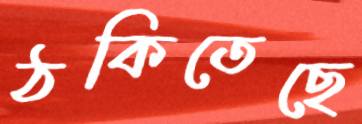
ঠকিতেছে